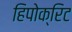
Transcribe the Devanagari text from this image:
हिपोक्रिट